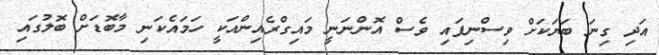
އަދި ގިނަ ބަޔަކަށް ވިސްނިފައި ވެސް އޮންނަނީ މައިގްްރެއިންއަކީ ހަމައެކަނި މާބޮޑަށް ބޮލުގައި